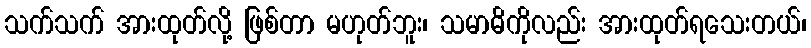
သက်သက် အားထုတ်လို့ ဖြစ်တာ မဟုတ်ဘူး၊ သမာဓိကိုလည်း အားထုတ်ရသေးတယ်၊